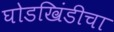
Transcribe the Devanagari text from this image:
घोडखिंडीचा